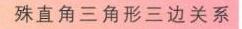
殊直角三角形三边关系